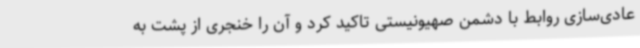
عادی‌سازی روابط با دشمن صهیونیستی تاکید کرد و آن را خنجری از پشت به